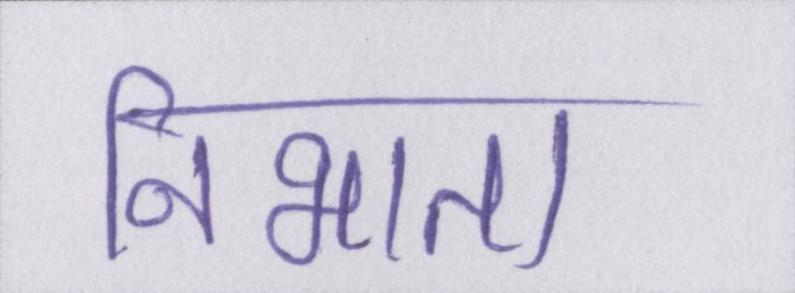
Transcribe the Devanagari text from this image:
निभाता